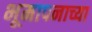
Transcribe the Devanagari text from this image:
भूमापनाच्या